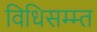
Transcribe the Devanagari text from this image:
विधिसम्म्त